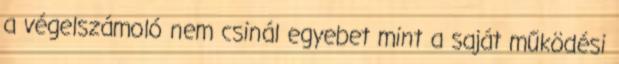
a végelszámoló nem csinál egyebet mint a saját működési